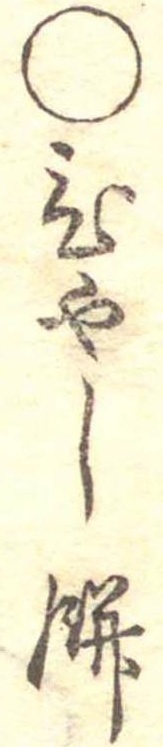
○ひやし餅